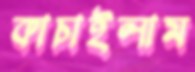
কাচাইলাম